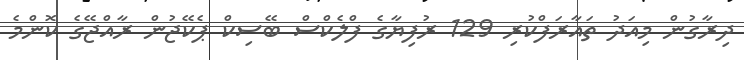
ދިރާގުން މިއަދު ތައާރަފްކުރި 129 ރުފިޔާގެ ފްލެކްސް ބޭސިކް ޕެކޭޖުން ރާއްޖޭގެ ކޮންމެ